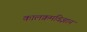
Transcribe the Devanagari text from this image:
कालक्रमविज्ञान